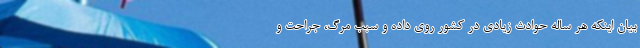
بیان اینکه هر ساله حوادث زیادی در کشور روی داده و سبب مرگ، جراحت و